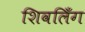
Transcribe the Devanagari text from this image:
शिवलिँग